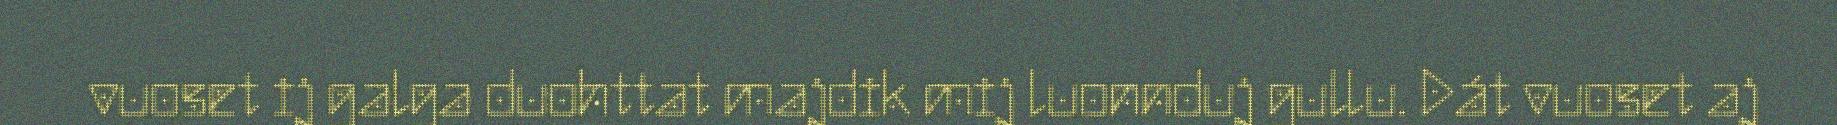
vuoset ij galga duohttat majdik mij luonnduj gullu. Dát vuoset aj